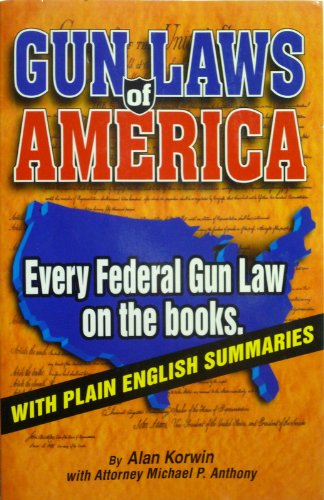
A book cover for Gun Laws of America - 6th Edition; Alan Korwin; Law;